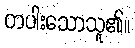
တပါးသောသူ၏။